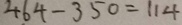
4 6 4 - 3 5 0 = 1 1 4